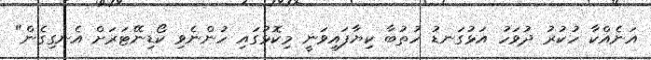
އަނެއްކާ ހުކުރު ދުވަހު އަޅުގަނޑު ހުތުބާ ކިޔާފައިވަނީ މިކޮޅުގައި ހުންނެވި ކޯޑިނޭޓަރަށް އެނގިގެން"